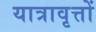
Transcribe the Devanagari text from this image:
यात्रावृत्तों